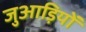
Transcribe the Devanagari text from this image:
जुआड़ियों